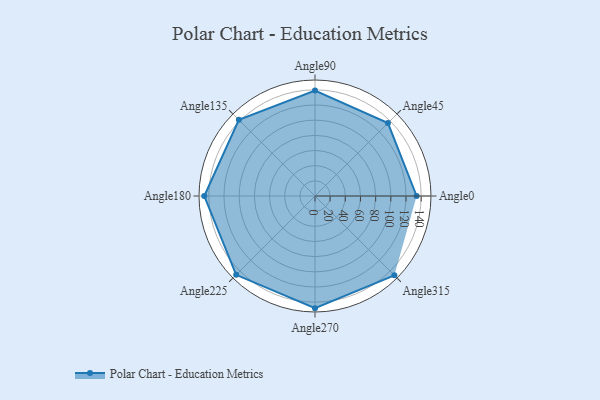
{"axis": {"x": "Angle", "y": "Radius"}, "legend": [""], "data": [{"x": "Angle0", "y": 134.0, "type": ""}, {"x": "Angle45", "y": 136.0, "type": ""}, {"x": "Angle90", "y": 139.0, "type": ""}, {"x": "Angle135", "y": 142.0, "type": ""}, {"x": "Angle180", "y": 146.0, "type": ""}, {"x": "Angle225", "y": 147.0, "type": ""}, {"x": "Angle270", "y": 148.0, "type": ""}, {"x": "Angle315", "y": 148.0, "type": ""}]}